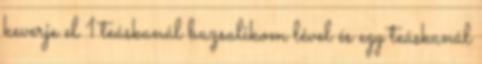
keverje el 1 teáskanál bazsalikom lével és egy teáskanál